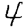
Digit: 4